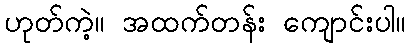
ဟုတ်ကဲ့။ အထက်တန်း ကျောင်းပါ။